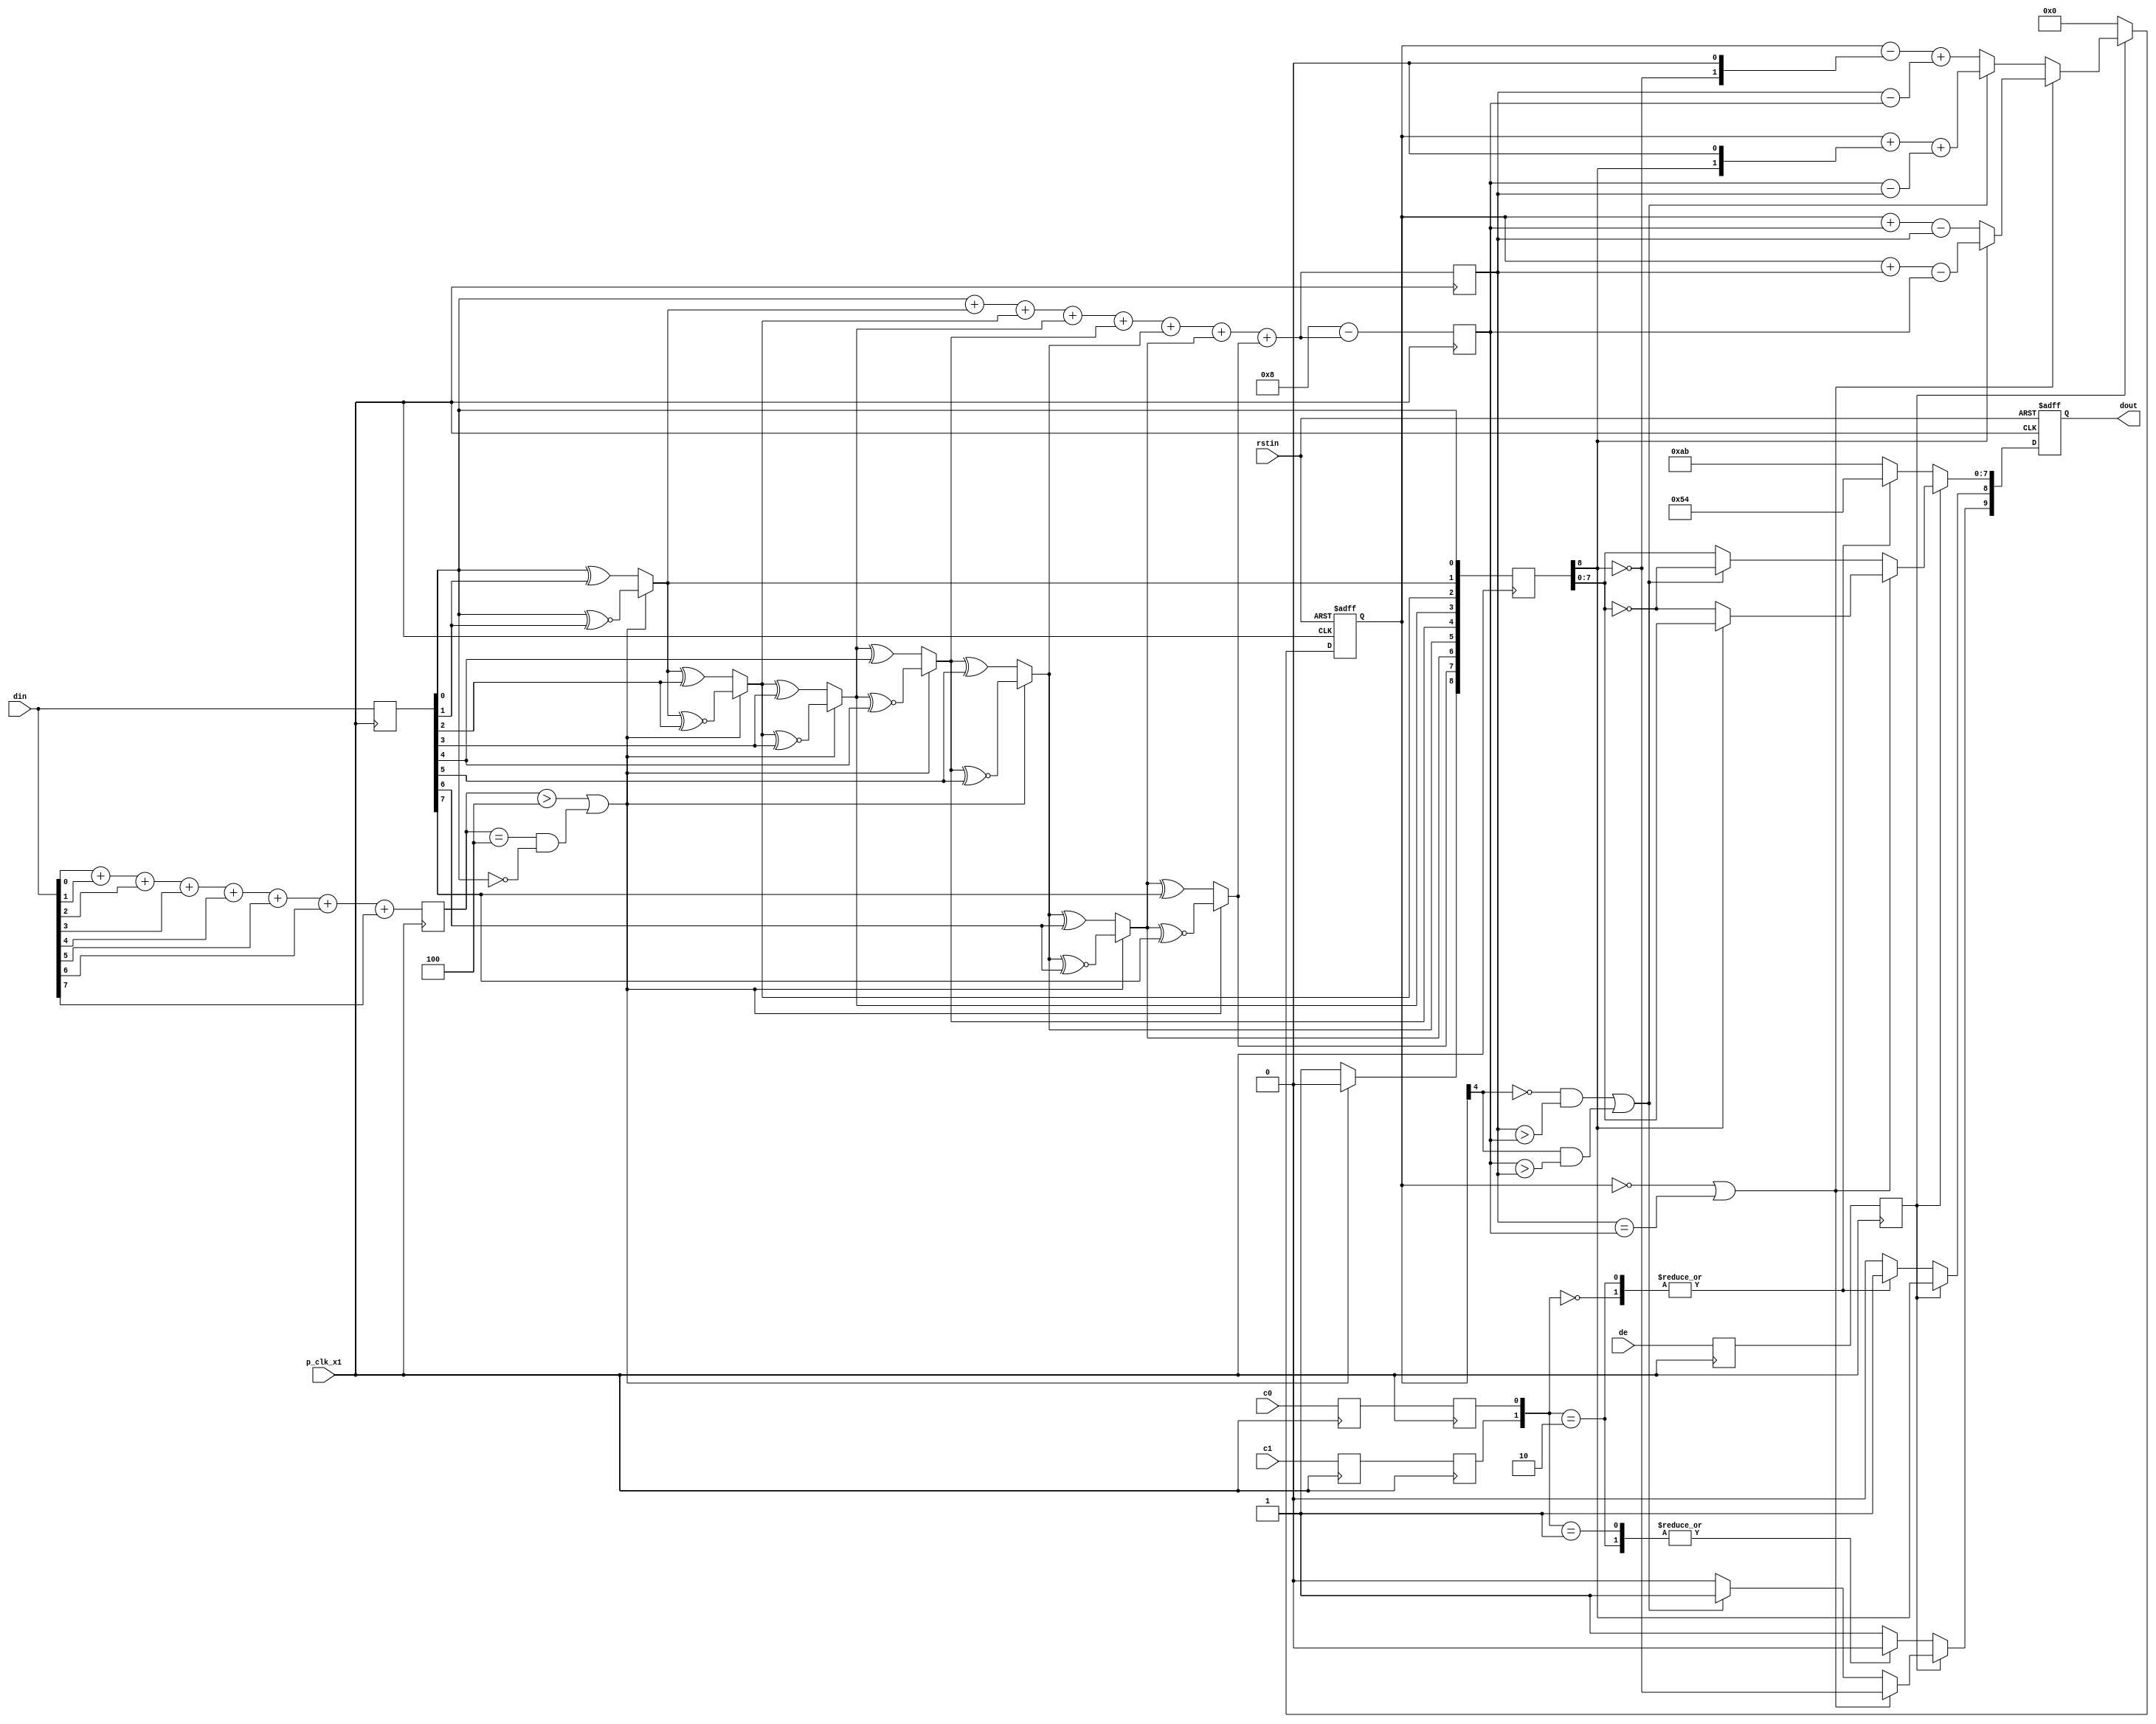
//////////////////////////////////////////////////////////////////////////////
//
//  Xilinx, Inc. 2008                 www.xilinx.com
//
//////////////////////////////////////////////////////////////////////////////
//
//
//  Description :     TMDS encoder  
//
//  Date - revision : Jan. 2008 - v 1.0
//
//
//////////////////////////////////////////////////////////////////////////////  
//`default_nettype none
`timescale 1 ps / 1ps

/*
 Pipeline de 3 etapas



*/


module encode (
  input wire       p_clk_x1, // pixel clock input
  input wire       rstin,    // async. reset input (active high)
  input wire [7:0] din,      // data inputs: expect registered
  input wire       c0,       // c0 input
  input wire       c1,       // c1 input
  input wire       de,       // de input
  output reg [9:0] dout      // data outputs
);


// TODO: Aadir bloque generate para tener entradas opcionales de datos auxiliares (que ahora estn como obligatorios)
// Solo se ocupan en el canal azul para el Hsync y el Vsync
// En los canales rojo y verde se envan datos auxiliares, que no son necesarios siempre
// Estos bits auxiliares deben ser mantenidos en valores logicos de 0


    parameter simple_encoder = 0;
    parameter aux_data_constant = 0;
    
    // Implementacion del mdulo
    localparam use_XOR = 1;
    localparam invert_data = 0;
    
    
    
    
    // Datos de control
                              //0b1101010100
    localparam CTRL_TOKEN_0 = 10'b1101010100;
                              //0b0010101011
    localparam CTRL_TOKEN_1 = 10'b0010101011;
                              //0b0101010100
    localparam CTRL_TOKEN_2 = 10'b0101010100;
                              //0b1010101011
    localparam CTRL_TOKEN_3 = 10'b1010101011;



    




generate

// Modo simplificado
if( simple_encoder == 1 ) begin


    // Hacer pipeline
    reg [7:0] din_q;
    reg [7:0] q_m; // para asignaciones bloqueantes
    reg [7:0] q_m_reg;
    reg       de_q, de_reg;
    wire      c0_final, c1_final;
    
    always @( posedge p_clk_x1 ) begin
    
        din_q   <= din;  // 1
        q_m_reg <= q_m;  // 2
    
        de_q    <= de;   // 1
        de_reg  <= de_q; // 2
    end
    
    
    
    // --- Generacin condicional de cdigo ---
    // Datos constantes, no es necesario pasarlos por el pipeline
    if( aux_data_constant == 1 ) begin
        assign c0_final = c0;
        assign c1_final = c1;
    end
    // Datos variables, generar pipeline
    else begin
        // Registros de pipeline
        reg       c0_q, c1_q;
        reg       c0_reg, c1_reg;
        
        assign c0_final = c0_reg;
        assign c1_final = c1_reg;
        
        always @( posedge p_clk_x1 ) begin
            c0_q    <= c0;   // 1
            c0_reg  <= c0_q; // 2
            
            c1_q    <= c1;   // 1
            c1_reg  <= c1_q; // 2        
        end
    end

    // Etapa 1: Aadir bit 9 aplicando XOR o XNOR
    
    
    
    // XOR
    if( use_XOR == 1 ) begin
        always @( * ) begin
            q_m[0] = din_q[0];
            q_m[1] = q_m[0] ^ din_q[1];
            q_m[2] = q_m[1] ^ din_q[2];
            q_m[3] = q_m[2] ^ din_q[3];
            q_m[4] = q_m[3] ^ din_q[4];
            q_m[5] = q_m[4] ^ din_q[5];
            q_m[6] = q_m[5] ^ din_q[6];
            q_m[7] = q_m[6] ^ din_q[7];
        end
    end
    // XNOR
    else begin
        always @( * ) begin
            q_m[0] = din_q[0];
            q_m[1] = q_m[0] ^~ din_q[1];
            q_m[2] = q_m[1] ^~ din_q[2];
            q_m[3] = q_m[2] ^~ din_q[3];
            q_m[4] = q_m[3] ^~ din_q[4];
            q_m[5] = q_m[4] ^~ din_q[5];
            q_m[6] = q_m[5] ^~ din_q[6];
            q_m[7] = q_m[6] ^~ din_q[7];
        end
    end
    
    
    // Etapa 2: Aadir bit 10 invirtiendo o no los datos
    wire [9:0] q_final;
    
    // No invertir
    if( invert_data == 0 ) begin
        assign q_final[7:0] = q_m_reg[7:0];
    end
    // Invertir
    else begin
        assign q_final[7:0] = ~q_m_reg[7:0];
    end
    
    assign q_final[8] = use_XOR;
    assign q_final[9] = invert_data;
    
    // Etapa final: Decidir salida, incluyendo caracteres de control
    always @( posedge p_clk_x1 or posedge rstin ) begin
        if( rstin ) begin
            dout <= 10'd0;
        end
        else begin
            // Video activo
            if( de_reg ) begin
                dout <= q_final;
            end
            // Bits de control y datos
            else begin
                case ({c1_final, c0_final})
                    2'b00:   dout <= CTRL_TOKEN_0;
                    2'b01:   dout <= CTRL_TOKEN_1;
                    2'b10:   dout <= CTRL_TOKEN_2;
                    default: dout <= CTRL_TOKEN_3;
                endcase
            end
        end
        
        
    end


end
// Modo completo (standard compliant)
else begin

 ////////////////////////////////////////////////////////////
  // Counting number of 1s and 0s for each incoming pixel
  // component. Pipe line the result.
  // Register Data Input so it matches the pipe lined adder
  // output
  ////////////////////////////////////////////////////////////
  reg [3:0] n1d; //number of 1s in din
  reg [7:0] din_q;

  always @( posedge p_clk_x1 ) begin
    n1d <=#1 din[0] + din[1] + din[2] + din[3] + din[4] + din[5] + din[6] + din[7];

    din_q <=#1 din;
  end

  ///////////////////////////////////////////////////////
  // Stage 1: 8 bit -> 9 bit
  // Refer to DVI 1.0 Specification, page 29, Figure 3-5
  ///////////////////////////////////////////////////////
  // Desicin de aplicar XOR o XNOR a los 8 bits dependiendo de la cantidad de 1 y 0
  // decision1 = 0: Aplicar XOR
  // decision1 = 1: Aplicar XNOR
  wire decision1 = (n1d > 4'h4) | ( (n1d == 4'h4) & (din_q[0] == 1'b0) );

/*
  reg [8:0] q_m;
  always @ (posedge p_clk_x1) begin
    q_m[0] <=#1 din_q[0];
    q_m[1] <=#1 (decision1) ? (q_m[0] ^~ din_q[1]) : (q_m[0] ^ din_q[1]);
    q_m[2] <=#1 (decision1) ? (q_m[1] ^~ din_q[2]) : (q_m[1] ^ din_q[2]);
    q_m[3] <=#1 (decision1) ? (q_m[2] ^~ din_q[3]) : (q_m[2] ^ din_q[3]);
    q_m[4] <=#1 (decision1) ? (q_m[3] ^~ din_q[4]) : (q_m[3] ^ din_q[4]);
    q_m[5] <=#1 (decision1) ? (q_m[4] ^~ din_q[5]) : (q_m[4] ^ din_q[5]);
    q_m[6] <=#1 (decision1) ? (q_m[5] ^~ din_q[6]) : (q_m[5] ^ din_q[6]);
    q_m[7] <=#1 (decision1) ? (q_m[6] ^~ din_q[7]) : (q_m[6] ^ din_q[7]);
    q_m[8] <=#1 (decision1) ? 1'b0 : 1'b1;
  end
*/

  // Resultado de primer paso; Aplicar XOR o XNOR a los 8 bits
  wire [8:0] q_m;
  assign q_m[0] = din_q[0];
  assign q_m[1] = (decision1) ? (q_m[0] ^~ din_q[1]) : (q_m[0] ^ din_q[1]);
  assign q_m[2] = (decision1) ? (q_m[1] ^~ din_q[2]) : (q_m[1] ^ din_q[2]);
  assign q_m[3] = (decision1) ? (q_m[2] ^~ din_q[3]) : (q_m[2] ^ din_q[3]);
  assign q_m[4] = (decision1) ? (q_m[3] ^~ din_q[4]) : (q_m[3] ^ din_q[4]);
  assign q_m[5] = (decision1) ? (q_m[4] ^~ din_q[5]) : (q_m[4] ^ din_q[5]);
  assign q_m[6] = (decision1) ? (q_m[5] ^~ din_q[6]) : (q_m[5] ^ din_q[6]);
  assign q_m[7] = (decision1) ? (q_m[6] ^~ din_q[7]) : (q_m[6] ^ din_q[7]);
  assign q_m[8] = (decision1) ? 1'b0 : 1'b1;

  /////////////////////////////////////////////////////////
  // Stage 2: 9 bit -> 10 bit
  // Refer to DVI 1.0 Specification, page 29, Figure 3-5
  /////////////////////////////////////////////////////////
  reg [3:0] n1q_m, n0q_m; // number of 1s and 0s for q_m
  always @ (posedge p_clk_x1) begin
    n1q_m  <=#1 q_m[0] + q_m[1] + q_m[2] + q_m[3] + q_m[4] + q_m[5] + q_m[6] + q_m[7];
    n0q_m  <=#1 4'h8 - (q_m[0] + q_m[1] + q_m[2] + q_m[3] + q_m[4] + q_m[5] + q_m[6] + q_m[7]);
  end

  

  reg [4:0] cnt = 0; //disparity counter, MSB is the sign bit
  wire decision2, decision3;

  assign decision2 = (cnt == 5'd0) | (n1q_m == n0q_m);
  /////////////////////////////////////////////////////////////////////////
  // [(cnt > 0) and (N1q_m > N0q_m)] or [(cnt < 0) and (N0q_m > N1q_m)]
  /////////////////////////////////////////////////////////////////////////
  assign decision3 = (~cnt[4] & (n1q_m > n0q_m)) | (cnt[4] & (n0q_m > n1q_m));

  ////////////////////////////////////
  // pipe line alignment
  ////////////////////////////////////
  reg       de_q, de_reg;
  wire      c0_final, c1_final;
  reg [8:0] q_m_reg;

  always @ (posedge p_clk_x1) begin
    de_q    <=#1 de;
    de_reg  <=#1 de_q;
    
    

    q_m_reg <=#1 q_m;
  end


  // Datos constantes, no es necesario pasarlos por el pipeline
    if( aux_data_constant == 1 ) begin
        assign c0_final = c0;
        assign c1_final = c1;
    end
    // Datos variables, generar pipeline
    else begin
        // Registros de pipeline
        reg       c0_q, c1_q;
        reg       c0_reg, c1_reg;
        
        assign c0_final = c0_reg;
        assign c1_final = c1_reg;
        
        always @( posedge p_clk_x1 ) begin
            c0_q    <= c0;   // 1
            c0_reg  <= c0_q; // 2
            
            c1_q    <= c1;   // 1
            c1_reg  <= c1_q; // 2        
        end
    end

  
  ///////////////////////////////
  // 10-bit out
  // disparity counter
  ///////////////////////////////
  always @ (posedge p_clk_x1 or posedge rstin) begin
	// Reset
    if( rstin ) begin
      dout <= 10'd0;
      cnt <= 5'd0;
    end
	// Estado normal
	else begin
	  // Video activo
      if( de_reg ) begin
        if(decision2) begin
          dout[9]   <=#1 ~q_m_reg[8]; 
          dout[8]   <=#1 q_m_reg[8]; 
          dout[7:0] <=#1 (q_m_reg[8]) ? q_m_reg[7:0] : ~q_m_reg[7:0];

          cnt <=#1 (~q_m_reg[8]) ? (cnt + n0q_m - n1q_m) : (cnt + n1q_m - n0q_m);
        end
		else begin
          if(decision3) begin
            dout[9]   <=#1 1'b1;
            dout[8]   <=#1 q_m_reg[8];
            dout[7:0] <=#1 ~q_m_reg[7:0];

            cnt <=#1 cnt + {q_m_reg[8], 1'b0} + (n0q_m - n1q_m);
          end else begin
            dout[9]   <=#1 1'b0;
            dout[8]   <=#1 q_m_reg[8];
            dout[7:0] <=#1 q_m_reg[7:0];

            cnt <=#1 cnt - {~q_m_reg[8], 1'b0} + (n1q_m - n0q_m);
          end
        end
      end // Seales video activo
	  
	  // Seales de control
	  else begin
        case ({c1_final, c0_final})
          2'b00:   dout <=#1 CTRL_TOKEN_0;
          2'b01:   dout <=#1 CTRL_TOKEN_1;
          2'b10:   dout <=#1 CTRL_TOKEN_2;
          default: dout <=#1 CTRL_TOKEN_3;
        endcase

        cnt <=#1 5'd0;
      end // seales de control
    end // No en reset (operacin normal)
  end // Always








end
endgenerate

  
endmodule